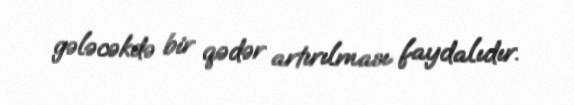
gələcəkdə bir qədər artırılması faydalıdır.